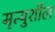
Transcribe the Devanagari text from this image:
मृत्युशील